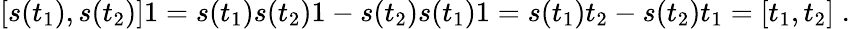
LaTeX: [s(t_{1}),s(t_{2})]1=s(t_{1})s(t_{2})1-s(t_{2})s(t_{1})1=s(t_{1})t_{2}-s(t_{2})t_{1}=[t_{1},t_{2}]\; .